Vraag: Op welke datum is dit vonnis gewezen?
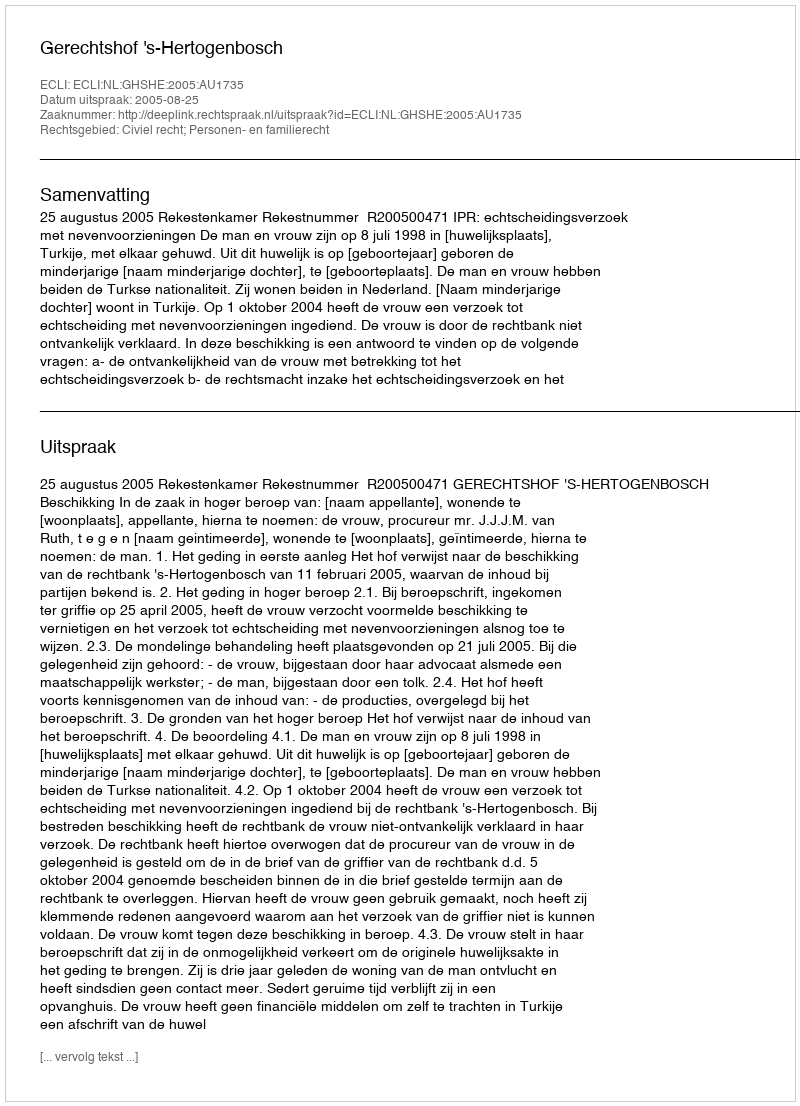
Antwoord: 2005-08-25